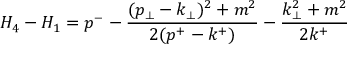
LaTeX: H _ { 4 } - H _ { 1 } = p ^ { - } - \frac { ( p _ { \perp } - k _ { \perp } ) ^ { 2 } + m ^ { 2 } } { 2 ( p ^ { + } - k ^ { + } ) } - \frac { k _ { \perp } ^ { 2 } + m ^ { 2 } } { 2 k ^ { + } }